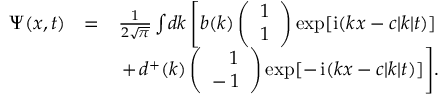
\begin{array} { r l r } { \Psi ( { x } , t ) } & { = } & { \frac { 1 } { 2 \sqrt { \pi } } \int \! d k \left[ b ( { k } ) \left( \begin{array} { c } { 1 } \\ { 1 } \end{array} \right) \exp [ \mathrm { i } ( k x - c | k | t ) ] \right. } \\ & { } & { + \! \left. d ^ { + } ( { k } ) \left( \begin{array} { c c } { \, \, \, \, \, 1 } \\ { - \, 1 } \end{array} \right) \exp [ - \, \mathrm { i } ( k x - c | k | t ) ] \right] \! . } \end{array}